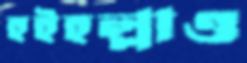
হইহল্লাও